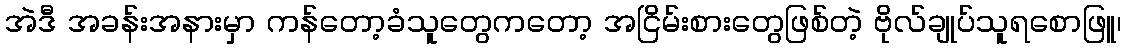
အဲဒီ အခန်းအနားမှာ ကန်တော့ခံသူတွေကတော့ အငြိမ်းစားတွေဖြစ်တဲ့ ဗိုလ်ချုပ်သူရစောဖြူ၊